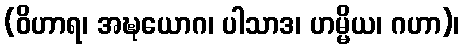
(ဝိဟာရ၊ အဍ္ဎယောဂ၊ ပါသာဒ၊ ဟမ္မိယ၊ ဂဟာ)၊